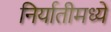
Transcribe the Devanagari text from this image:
निर्यातीमध्ये